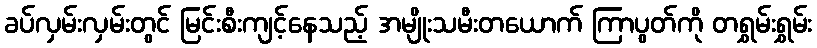
ခပ်လှမ်းလှမ်းတွင် မြင်းစီးကျင့်နေသည့် အမျိုးသမီးတယောက် ကြာပွတ်ကို တရွှမ်းရွှမ်း